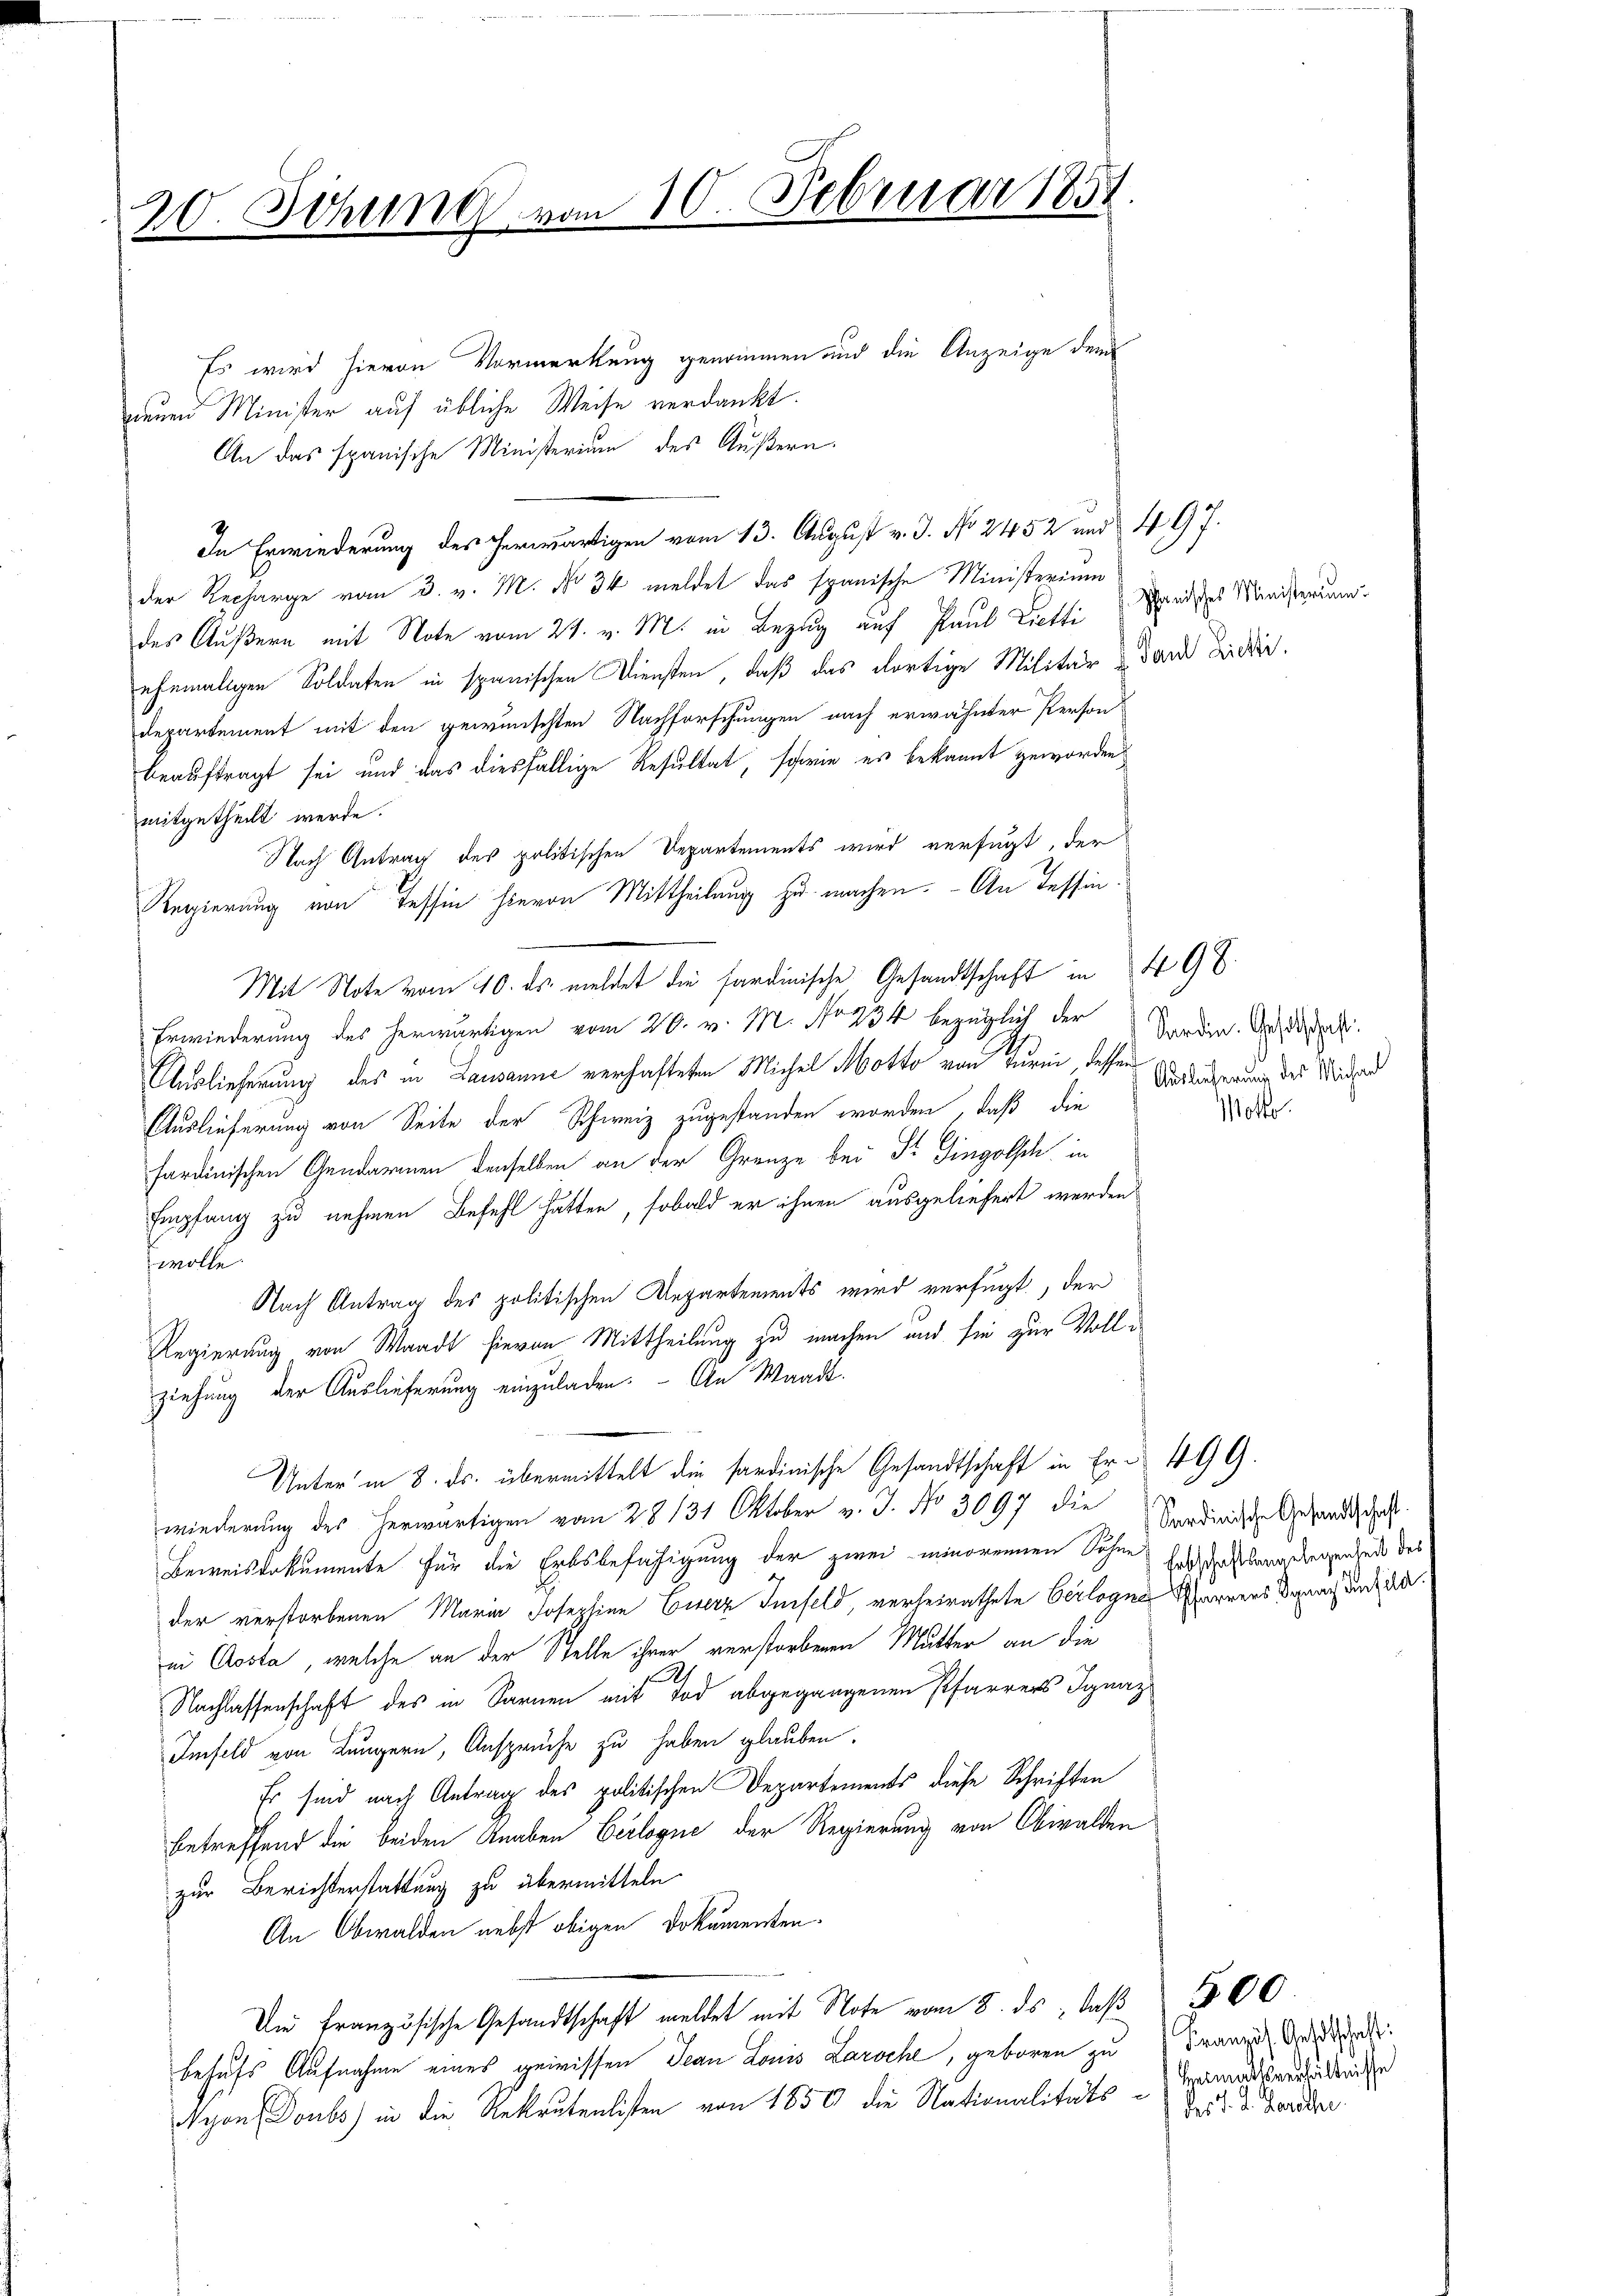
20 Sitzung vom 10. Februar 1851.
I.

Es wird hievon Vormerkung genommen und die Anzeige dem
neuen Minister auf übliche Weise verdankt.
An das spanische Ministerium des Äußern.
In Erwiederung des herwärtigen vom 13. August v. J. No 2452 und § 497.
der Recharge vom 3. v. M. No 36 meldet das spanische Ministerium
des Äußern mit Note vom 24. v. M. in Bezug auf Paul Lietti
ehemaligen Soldaten in spanischen Diensten, daß das dortige Militär u dan wider.
Departement mit den gewünschten Nachforschungen nach erwähnter Person
beauftragt sei und das diesfällige Resultat, schwie es bekannt geworden
mitgetheilt werde.
Nach Antrag des politischen Departements wird verfügt, der
Regierung von Tessin hievon Mittheilung zu machen. - An Tessin¬
Mit Note vom 10. ds. meldet die sardinische Gesandtschaft in 49 x
Erwiederung des herwärtigen vom 20. v. M. No 234 bezüglich der
Auslieferung des in Lausanne verhafteten Michel Motto von Turm, dessen
Auslieferung von Seite der Schweiz zugestanden worden, daß die
sardinischen Gendarmen derselben an der Grenze bei Dr. Gingolsch, in
Empfang zu nehmen Befehl hätten, sobald er ihnen ausgeliefert werden
wolle
Nach Antrag des politischen Departements wird verfügt, der
Regierung von Waadt hievon Mittheilung zu machen und sie zur Vollziehung der Auslieferung einzuladen. - An Waadt.
Unter in 8. ds. übermittelt die Sardinische Gesandtschaft in Er § 499.
wiederung des herwärtigen vom 28 131 Oktober v. J. No 3097 die Sardinische Gesandtschaft
Beweiskokumente für die Erbsbefähigung der zwei minorennen Sohne Erdschaftsang gegenheit des
der verstorbenen Maria Josephine Eiserz Infeld, verheirathete Verlogna Pfarrers Danach auch da
in Costa, welche an der Stelle ihrer verstorbenen Mutter an die
Nachlassenschaft des in Sarnen mit Tod abgegangenen Pfarrers Ignaz
Imfeld von Lungern, Anspruche zu haben glauben.
Er sind nach Antrag des politischen Departements diese Schriften
betreffend die beiden Knaben Verlogne der Regierung von Obwalden
zur Berichterstattung zu übermitteln
An Obwalden nebst obigen Dokumenten.
Du französische Gesandtschaft meldet mit Note vom 8. ds. daβ 500
behufs Aufnahme eines gewissen Jean Louis Laroche, geboren zu Franze Unrecht.
Nyon Doubs in die Rekrutenlisten von 1850 die Nationalitäts-Heimathsverfädenisse

phanisches Ministerium

Sardin. Gesetschaft:
Auslieferung des Michael
Wotto

des J. J. Karothe